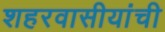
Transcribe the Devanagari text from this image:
शहरवासीयांची